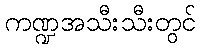
ကဏ္ဍအသီးသီးတွင်